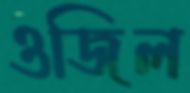
ওজিল